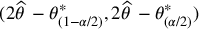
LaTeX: ( 2 { \widehat { \theta \, } } - \theta _ { ( 1 - \alpha / 2 ) } ^ { * } , 2 { \widehat { \theta \, } } - \theta _ { ( \alpha / 2 ) } ^ { * } )